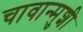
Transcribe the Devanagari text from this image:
चावान्मुशी